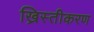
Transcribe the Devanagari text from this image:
ख्रिस्तीकरण